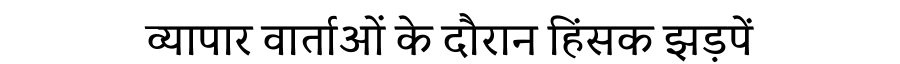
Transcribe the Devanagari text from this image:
व्यापार वार्ताओं के दौरान हिंसक झड़पें